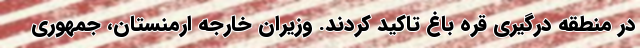
در منطقه درگیری قره باغ تاکید کردند. وزیران خارجه ارمنستان، جمهوری